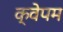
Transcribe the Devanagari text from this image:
क्वेपम